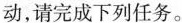
动，请完成下列任务。